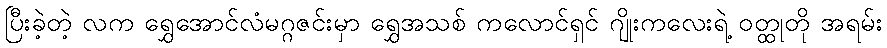
ပြီးခဲ့တဲ့ လက ရွှေအောင်လံမဂ္ဂဇင်းမှာ ရွှေအသစ် ကလောင်ရှင် ဂျိုးကလေးရဲ့ ဝတ္ထုတို အရမ်း